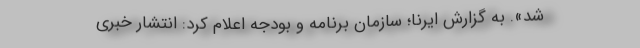
شد». به گزارش ایرنا؛ سازمان برنامه و بودجه اعلام کرد: انتشار خبری